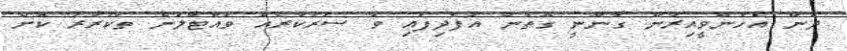
ދެން އެހެންވީއިރުން ގާނޫނީ ގޮތުން އުފެދިފައި ވާ ސަރުކާރެއް ވައްޓާލަން ތަކުރާރު ކޮށް